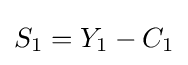
S_{1}=Y_{1}-C_{1}